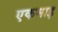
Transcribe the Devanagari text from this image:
एकमाइ